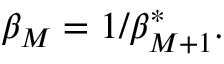
\begin{array} { r } { \beta _ { M } = 1 / \beta _ { M + 1 } ^ { \ast } . } \end{array}